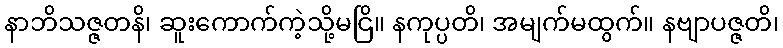
နာဘိသဇ္ဇတနိ၊ ဆူးကောက်ကဲ့သို့မငြိ။ နကုပ္ပတိ၊ အမျက်မထွက်။ နဗျာပဇ္ဇတိ၊